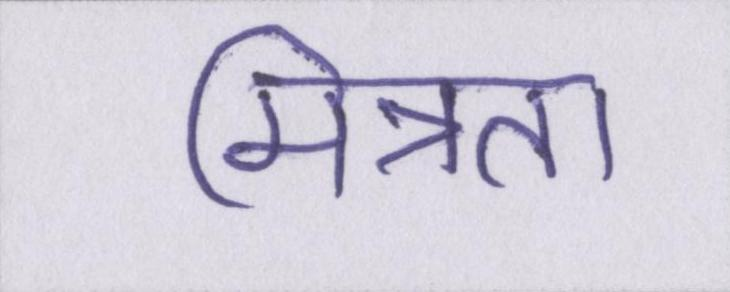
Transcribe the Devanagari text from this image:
मित्रता